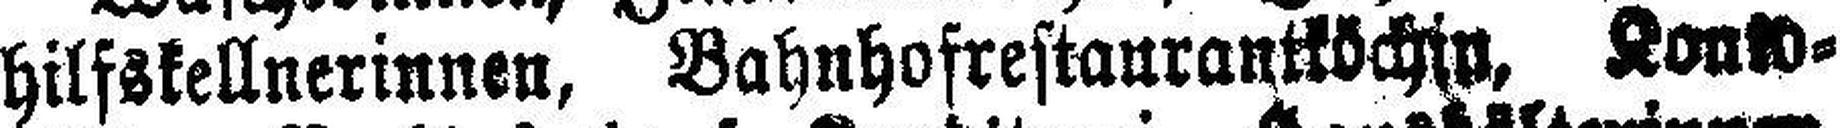
hilfskellnerinnen, Bahnhofrestaurantköchin, Kon###¬